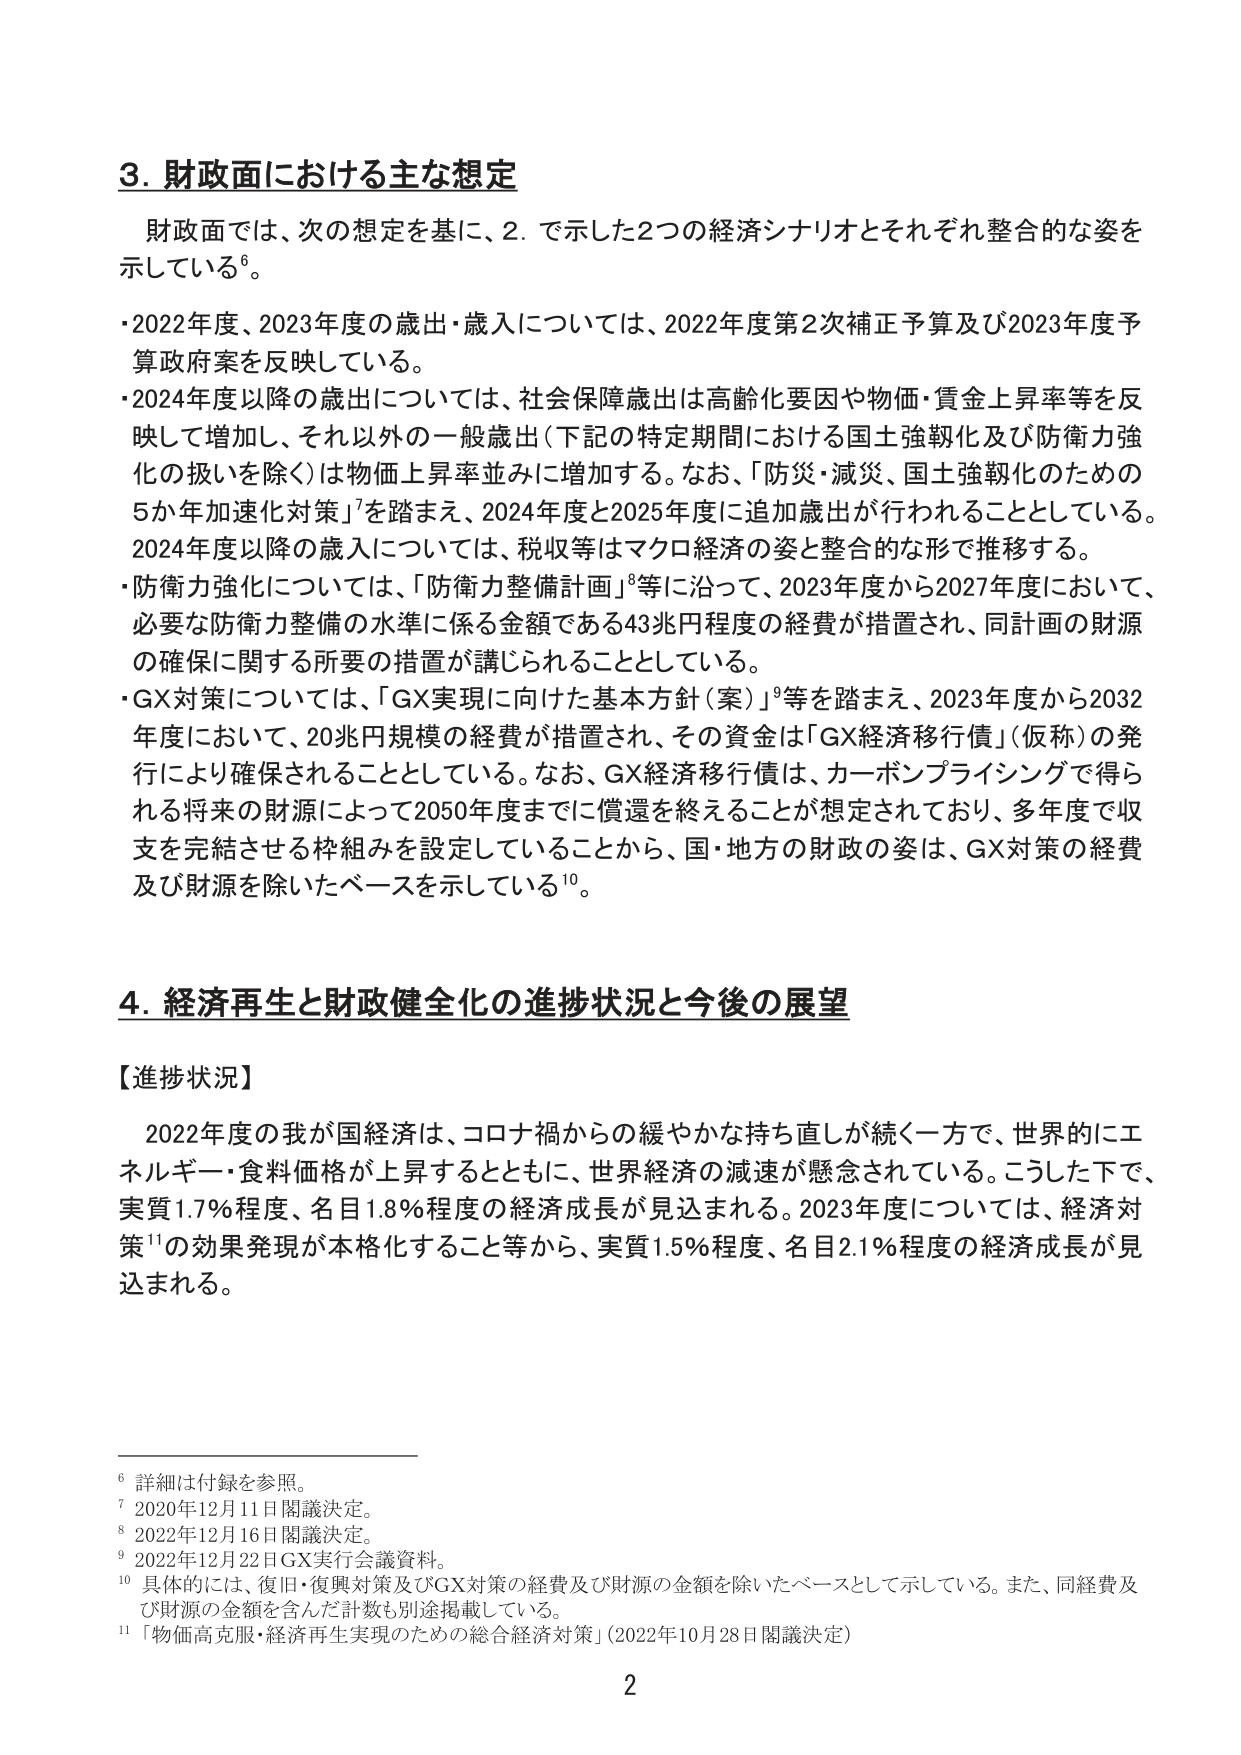
3. 財政面における主な想定
財政面では、次の想定を基に、2. で示した2つの経済シナリオとそれぞれ整合的な姿を示している⁶。
・2022年度、2023年度の歳出・歳入については、2022年度第2次補正予算及び2023年度予算政府案を反映している。
・2024年度以降の歳出については、社会保障歳出は高齢化要因や物価・賃金上昇率等を反映して増加し、それ以外の一般歳出（下記の特定期間における国土強靭化及び防衛力強化の扱いを除く）は物価上昇率並みに増加する。なお、「防災・減災、国土強靭化のための5か年加速化対策」⁷を踏まえ、2024年度と2025年度に追加歳出が行われることとしている。2024年度以降の歳入については、税収等はマクロ経済の姿と整合的な形で推移する。
・防衛力強化については、「防衛力整備計画」⁸等に沿って、2023年度から2027年度において、必要な防衛力整備の水準に係る金額である43兆円程度の経費が措置され、同計画の財源の確保に関する所要の措置が講じられることとしている。
・GX対策については、「GX実現に向けた基本方針（案）」⁹等を踏まえ、2023年度から2032年度において、20兆円規模の経費が措置され、その資金は「GX経済移行債」（仮称）の発行により確保されることとしている。なお、GX経済移行債は、カーボンプライシングで得られる将来の財源によって2050年度までに償還を終えることが想定されており、多年度で収支を完結させる枠組みを設定していることから、国・地方の財政の姿は、GX対策の経費及び財源を除いたベースを示している¹⁰。

4. 経済再生と財政健全化の進捗状況と今後の展望
【進捗状況】
2022年度の我が国経済は、コロナ禍からの緩やかな持ち直しが続く一方で、世界的にエネルギー・食料価格が上昇するとともに、世界経済の減速が懸念されている。こうした下で、実質1.7％程度、名目1.8％程度の経済成長が見込まれる。2023年度については、経済対策¹¹の効果発現が本格化すること等から、実質1.5％程度、名目2.1％程度の経済成長が見込まれる。

⁶ 詳細は付録を参照。
⁷ 2020年12月11日閣議決定。
⁸ 2022年12月16日閣議決定。
⁹ 2022年12月22日GX実行会議資料。
¹⁰ 具体的には、復旧・復興対策及びGX対策の経費及び財源の金額を除いたベースとして示している。また、同経費及び財源の金額を含んだ計数も別途掲載している。
¹¹ 「物価高克服・経済再生実現のための総合経済対策」（2022年10月28日閣議決定）

2